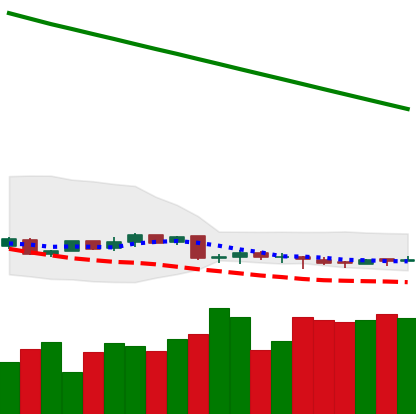
Ticker: XMR-USD
Chart end date: 2019-02-07
Forward return: 13.515%
Label: up_7plus